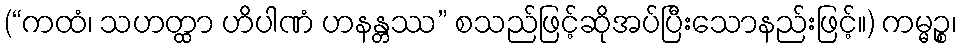
(“ကထံ၊ သဟတ္ထာ ဟိပါဏံ ဟနန္တဿ” စသည်ဖြင့်ဆိုအပ်ပြီးသောနည်းဖြင့်။) ကမ္မဉ္စ၊